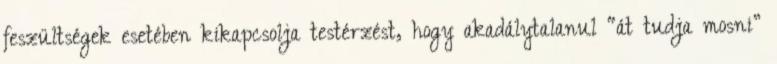
feszültségek esetében kikapcsolja testérzést, hogy akadálytalanul “át tudja mosni”